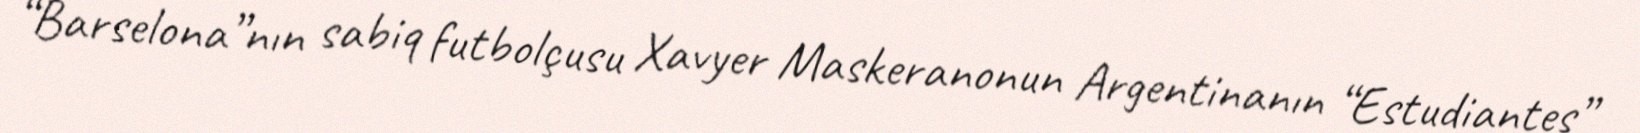
“Barselona”nın sabiq futbolçusu Xavyer Maskeranonun Argentinanın “Estudiantes”